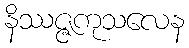
နိဿဇ္ဇကုသလေန